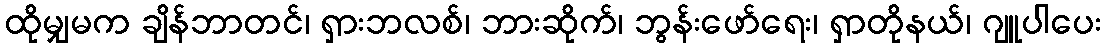
ထိုမျှမက ချိန်ဘာတင်၊ ရှားဘလစ်၊ ဘားဆိုက်၊ ဘွန်းဖော်ရေး၊ ရှာတိုနယ်၊ ဂျူပါပေး